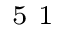
^ \textrm { \scriptsize 5 1 }